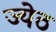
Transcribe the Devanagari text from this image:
ज्येठ